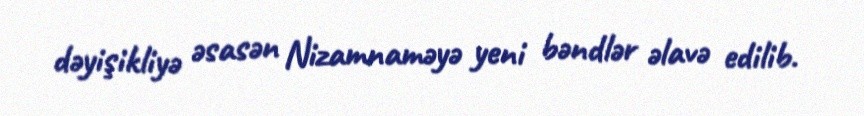
dəyişikliyə əsasən Nizamnaməyə yeni bəndlər əlavə edilib.